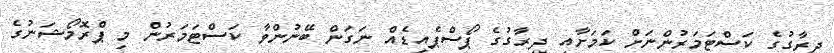
ދިރާގުގެ ކަސްޓަމަރުންނަށް ކަމަށާއި ދިރާގުގެ ޕޯސްޕެއިޑެއް ނަގަން ބޭނުންވާ ކަސްޓަމަރުން މި ޕްރޮމޯޝަނުގެ